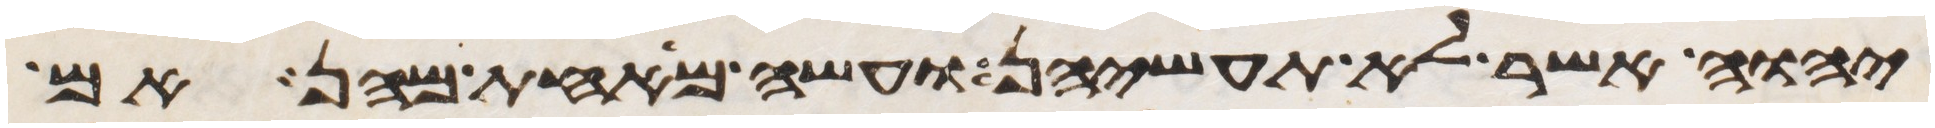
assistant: יהוה אשר לא תעשיהן ועשה מאחת מהן אם